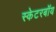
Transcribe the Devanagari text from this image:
स्केटरबॉय